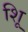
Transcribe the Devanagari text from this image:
शूि